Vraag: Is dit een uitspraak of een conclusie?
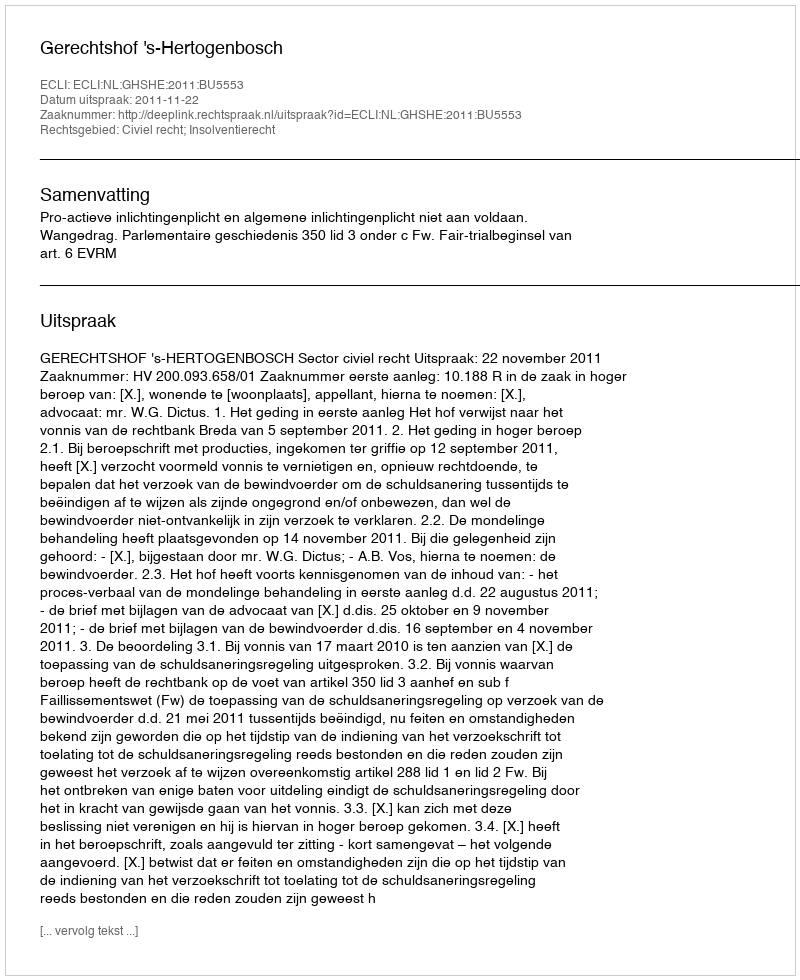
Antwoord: Uitspraak